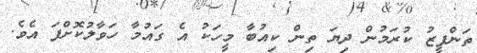
ތަންފީޒު ކުރަމުން ދިޔަ ތިން ކިއުބާ މީހަކު އެ ގައުމާ ހަވާލުކޮށްފަ އެވެ.